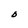
Character: O